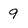
Character: 9